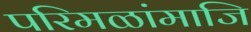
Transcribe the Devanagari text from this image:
परिमळांमाजि